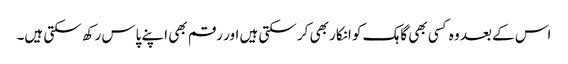
اس کے بعد وہ کسی بھی گاہک کو انکار بھی کر سکتی ہیں اور رقم بھی اپنے پاس رکھ سکتی ہیں۔